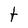
Character: t